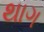
થાગ